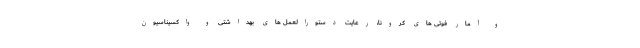
و آمار فوتی های کرونا، رعایت دستورالعمل های بهداشتی و واکسیناسیون